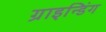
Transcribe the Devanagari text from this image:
ग्राइन्डिंग